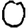
Digit: 0